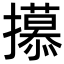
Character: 𫾕